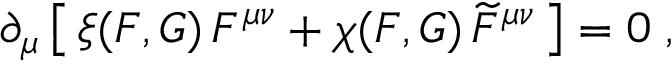
\partial _ { \mu } \left[ \, \xi ( { \cal F } , { \cal G } ) \, F ^ { \mu \nu } + \chi ( { \cal F } , { \cal G } ) \, \widetilde { F } ^ { \mu \nu } \, \right] = 0 \; ,